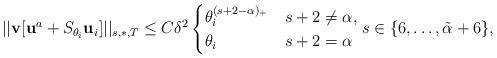
LaTeX: \begin{align*}||{\bf v}[{\bf u}^a+S_{\theta_i}{\bf u}_{i}]||_{s,\ast,T}\le C\delta^2\begin{cases}\theta_i^{(s+2-\alpha)_+}&s+2\not=\alpha,\\\theta_i &s+2=\alpha\end{cases}s\in\{6,\dots,\tilde{\alpha}+6\},\end{align*}